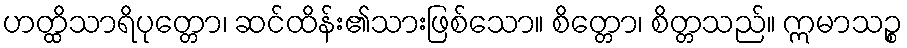
ဟတ္ထိသာရိပုတ္တော၊ ဆင်ထိန်း၏သားဖြစ်သော။ စိတ္တော၊ စိတ္တသည်။ ဣမာသဉ္စ